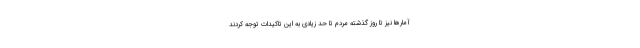
آمارها نیز تا روز گذشته مردم تا حد زیادی به این تاکیدات توجه کردند